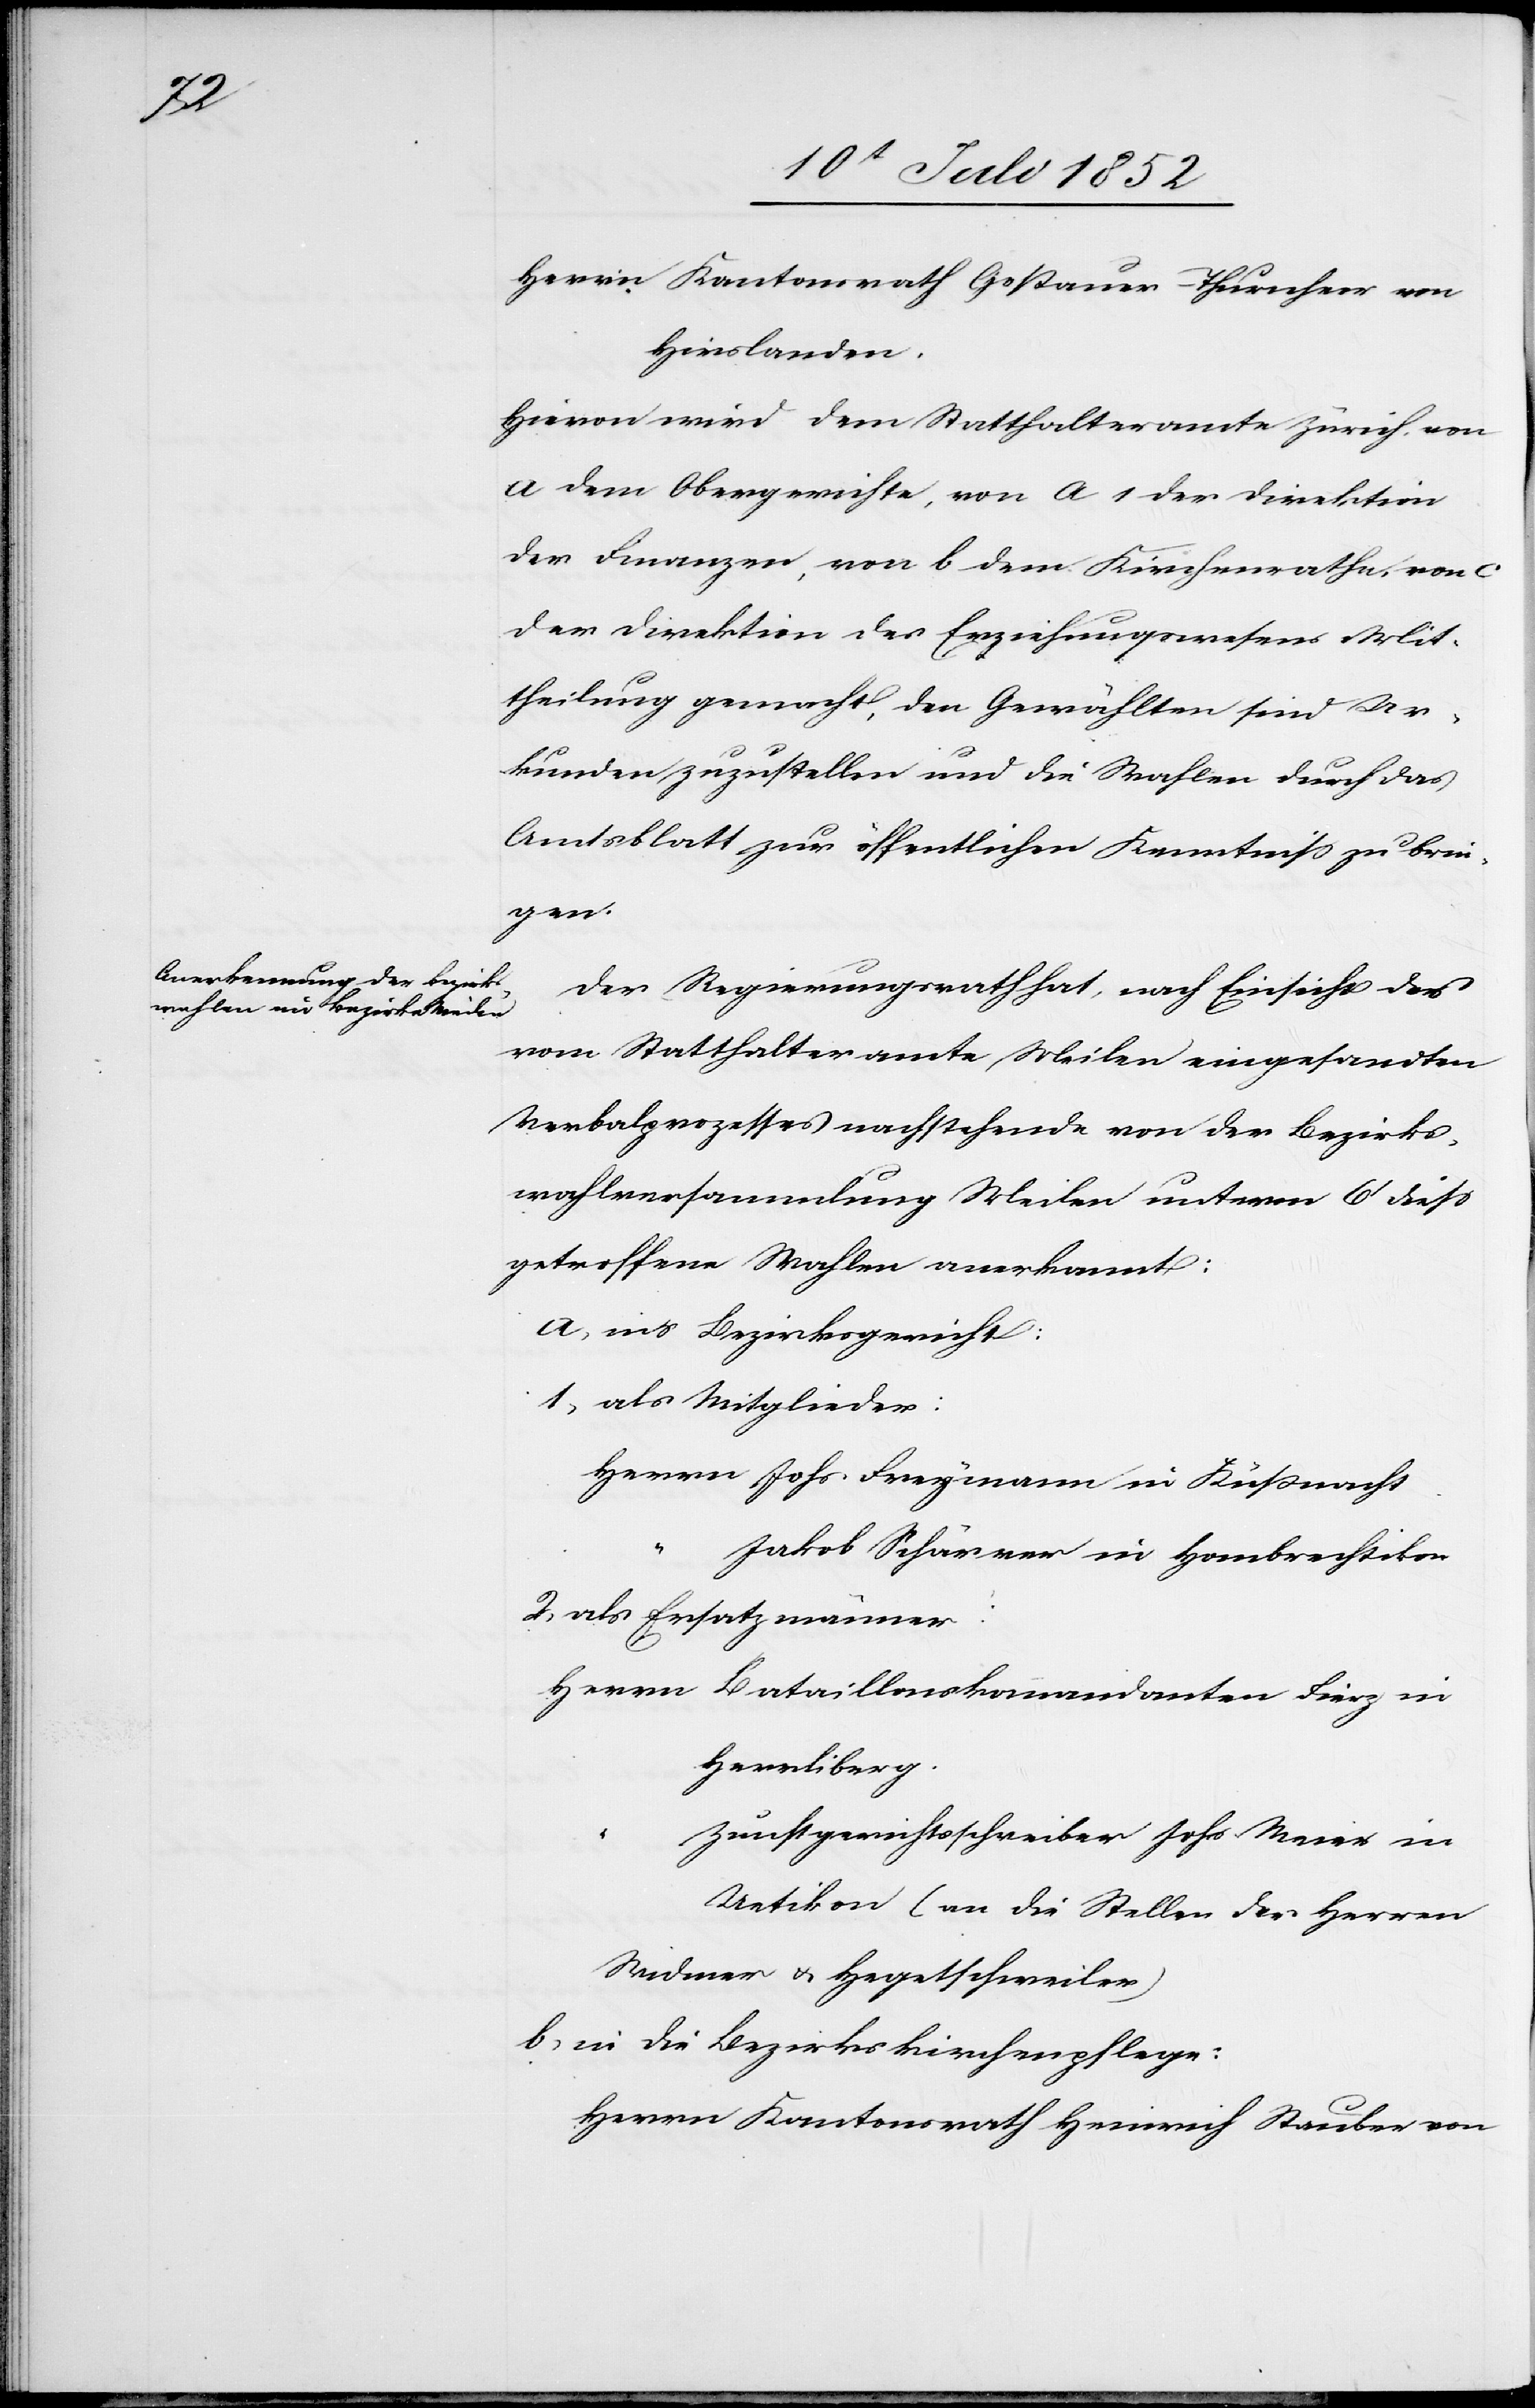
Herrn Kantonsrath Goßauer-Thurnheer von
Hirslanden.
Hievon wird dem Statthalteramte Zürich[,] von
a dem Obergerichte, von a 1 der Direktion
der Finanzen, von b dem Kirchenrathe, von c
der Direktion des Erziehungswesens Mit¬
theilung gemacht, den Gewählten sind Ur¬
kunden zuzustellen und die Wahlen durch das
Amtsblatt zur öffentlichen Kenntniss zu brin¬
gen.
Der Regierungsrath hat, nach Einsicht des
vom Statthalteramte Meilen eingesandten
Verbalprozesses nachstehende von der Bezirks¬
wahlversammlung Meilen unterm 6t diess
getroffene Wahlen anerkannt:
ins Bezirksgericht:
als Mitglieder:
Herrn Johs. Freymann in Küßnacht.
2,
Jakob Schärrer in Hombrechtikon
als Ersatzmänner:
Herrn Bataillonskommandanten Fierz in
Herrliberg.
Zunftgerichtsschreiber Johs Meier in
Uetikon (an die Stellen der Herren
Widmer & Hegetschweiler)
in die Bezirkskirchenpflege:
Herrn Kantonsrath Heinrich Staubee